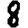
Digit: 8